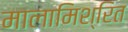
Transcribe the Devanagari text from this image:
मालामिश्रित